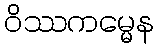
ဝိဿကမ္မေန